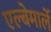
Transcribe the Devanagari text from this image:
एल्बेमार्ले